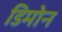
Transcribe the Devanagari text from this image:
डिमोन